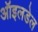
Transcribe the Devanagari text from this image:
ऑइलडेल